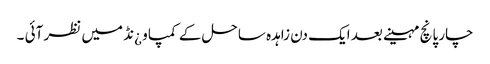
چار پانچ مہینے بعد ایک دن زاہدہ ساحل کے کمپاو ¿نڈ میں نظر آئی ۔